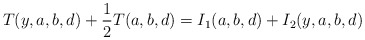
\begin{align*}T(y,a,b,d)+\frac{1}{2}T(a,b,d)=I_{1}(a,b,d)+I_{2}(y,a,b,d)\end{align*}